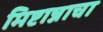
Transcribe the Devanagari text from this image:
मिष्टान्नाचा